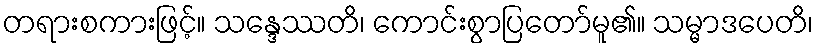
တရားစကားဖြင့်။ သန္ဒေဿတိ၊ ကောင်းစွာပြတော်မူ၏။ သမ္မာဒပေတိ၊